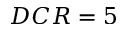
D C R = 5